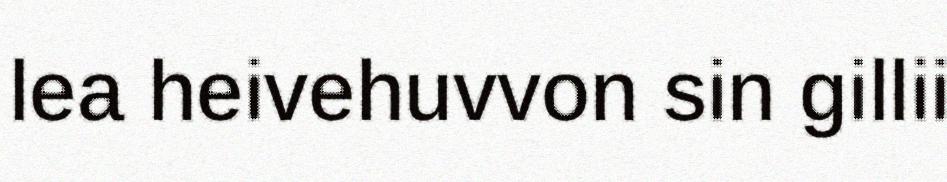
lea heivehuvvon sin gillii